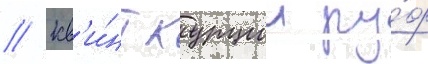
// Кв'и́нт курции ру́ф